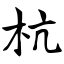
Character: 杭